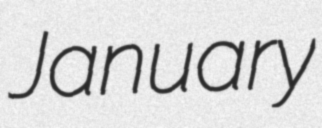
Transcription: January